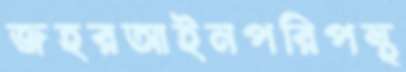
জহরআইনপরিপন্থ